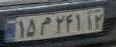
۱۵م۲۴۱۱۲